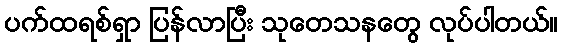
ပက်ထရစ်ရှာ ပြန်လာပြီး သုတေသနတွေ လုပ်ပါတယ်။